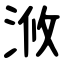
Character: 浟